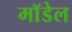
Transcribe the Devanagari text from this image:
माॅडेल